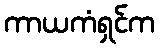
ကာယကံရှင်က